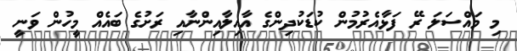
މި މައްސަލަ ރޭ ފަޅާއެރުމުން ކުޑަކުދިންގެ އާއިލާއިންނާއި ރަށުގެ ބައެއް މީހުން ވަނީ